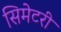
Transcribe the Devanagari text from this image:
सिमेटरी